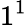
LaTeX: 1^{1}